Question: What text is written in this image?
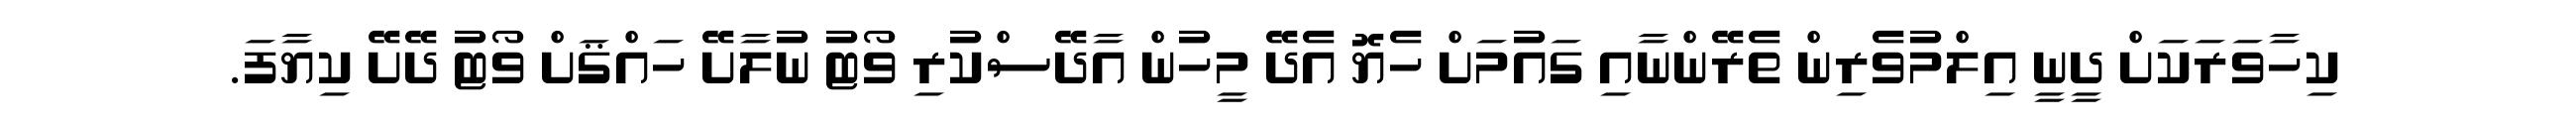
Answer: ކިހާވަރަކަށް ދީނީ އިލްމުވެރިން ތެރޭންނާއި ގައުމަށް ހެޔޮ އެދޭ މީހުން އާދޭސްކުރި ވޯޓު ނުލާށޭ ހައްޤަށް ވޯޓު ދޭށޭ ކިޔާފަ.